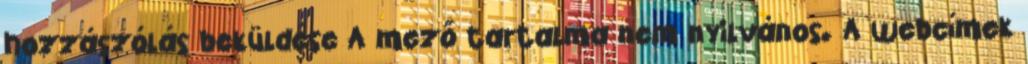
hozzászólás beküldése A mező tartalma nem nyilvános. A webcímek